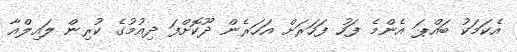
އެކަމަކު ބައްޕަ އެންމެ ފަހު ފަހަރަށް އަހަރެން ދޫކޮށްފަ ދިއުމުގެ ކުރިން ލައިލްއާ